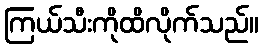
ကြယ်သီးကိုထိလိုက်သည်။